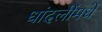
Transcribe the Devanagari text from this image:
धांदलींमधे